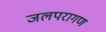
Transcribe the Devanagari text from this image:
जलपरागण